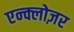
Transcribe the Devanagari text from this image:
एन्क्लोज़र